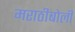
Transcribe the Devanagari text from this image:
मराठीबोली